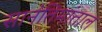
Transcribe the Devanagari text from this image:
सानंतिमांताल